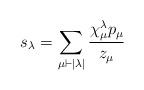
LaTeX: \begin{align*}s_\lambda = \sum_{\mu \vdash |\lambda|} \frac{\chi_{\mu}^{\lambda}p_\mu}{z_\mu}\end{align*}